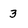
Character: 3